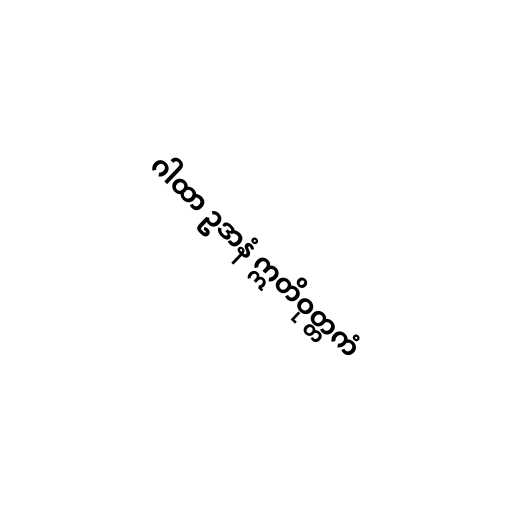
ဂါထာ ဥဒာနံ ဣတိဝုတ္တကံ